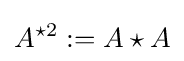
A^{\star 2}:=A\star A